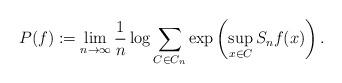
LaTeX: \begin{align*}P(f):=\lim_{n\to\infty}\frac{1}{n}\log\sum_{C\in C_{n}}\exp\left(\sup_{x\in C}S_{n}f(x)\right).\end{align*}